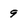
Character: 9